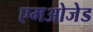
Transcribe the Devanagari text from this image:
एमओजेड